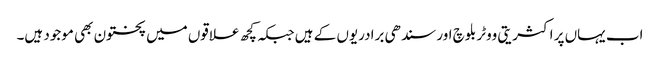
اب یہاں پر اکثریتی ووٹر بلوچ اور سندھی برادریوں کے ہیں جبکہ کچھ علاقوں میں پختون بھی موجود ہیں۔